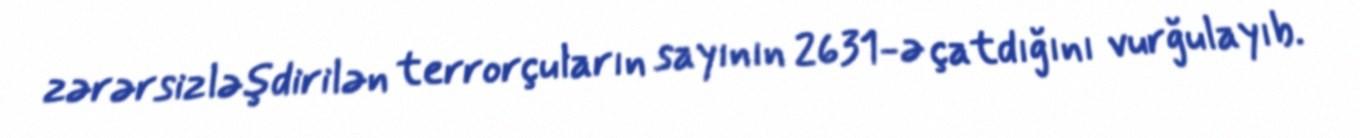
zərərsizləşdirilən terrorçuların sayının 2631-ə çatdığını vurğulayıb.